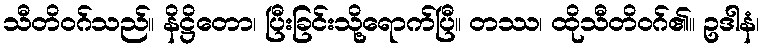
သီတိဝဂ်သည်။ နိဋ္ဌိတော၊ ပြီးခြင်းသို့ရောက်ပြီ။ တဿ၊ ထိုသီတိဝဂ်၏။ ဥဒါနံ၊